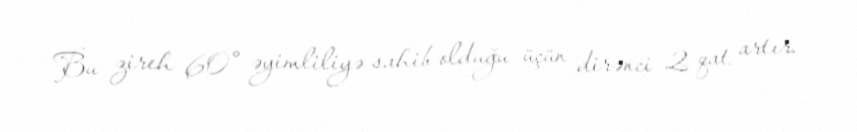
Bu zireh 60° əyimliliyə sahib olduğu üçün dirənci 2 qat artır.